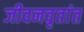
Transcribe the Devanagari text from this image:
जीवनवृतांत